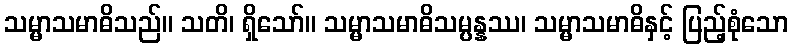
သမ္မာသမာဓိသည်။ သတိ၊ ရှိသော်။ သမ္မာသမာဓိသမ္ပန္နဿ၊ သမ္မာသမာဓိနှင့် ပြည့်စုံသော